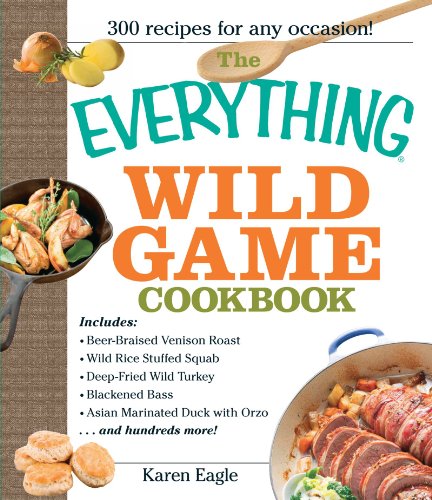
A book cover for The Everything Wild Game Cookbook: From Fowl And Fish to Rabbit And Venison--300 Recipes for Home-cooked Meals; Karen Eagle; Cookbooks, Food & Wine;